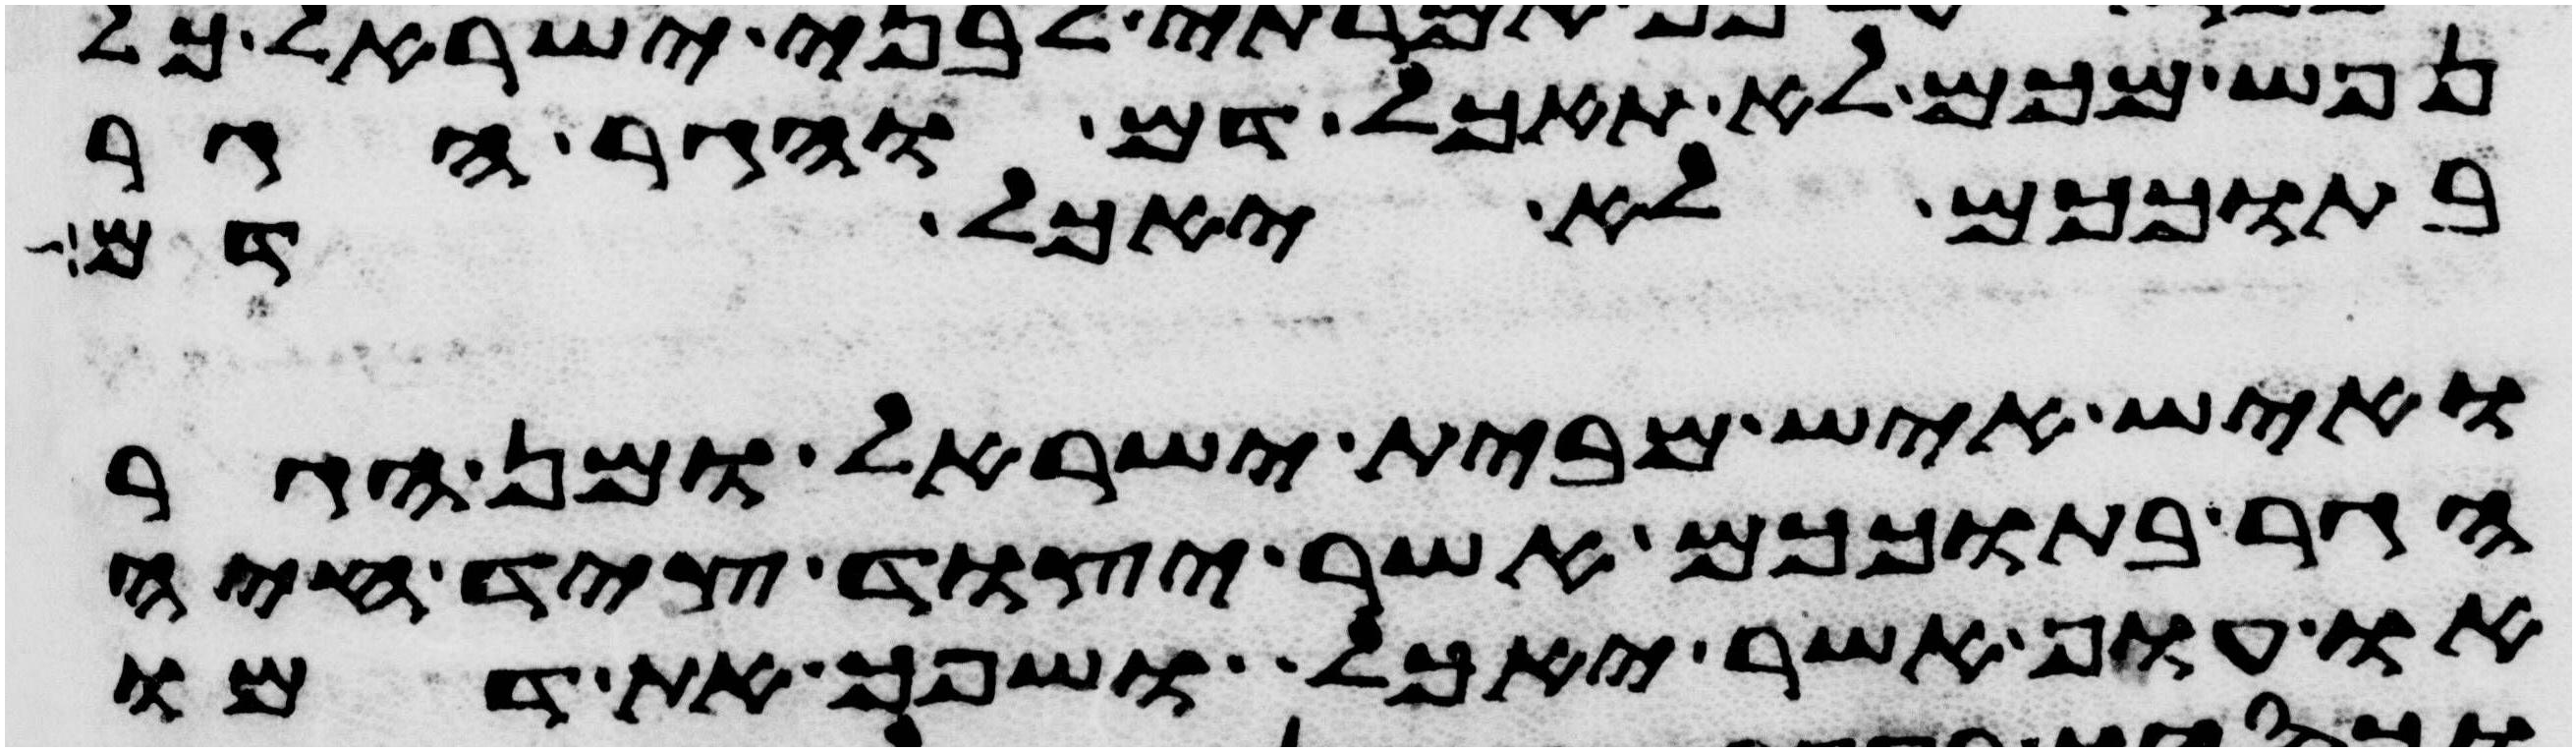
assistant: נפש מכם לא תאכל דם והגר הגר
בתוככם לא יאכל דם
ואיש איש מבית ישראל ומן הגר
הגר בתוככם אשר יצוד ציד חיה
או עוף אשר יאכל ושפך את דמו